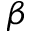
\beta